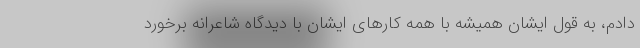
دادم، به قول ایشان همیشه با همه کارهای ایشان با دیدگاه شاعرانه برخورد